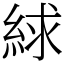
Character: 絿